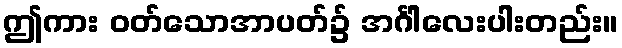
ဤကား ဝတ်သောအာပတ်၌ အင်္ဂါလေးပါးတည်း။